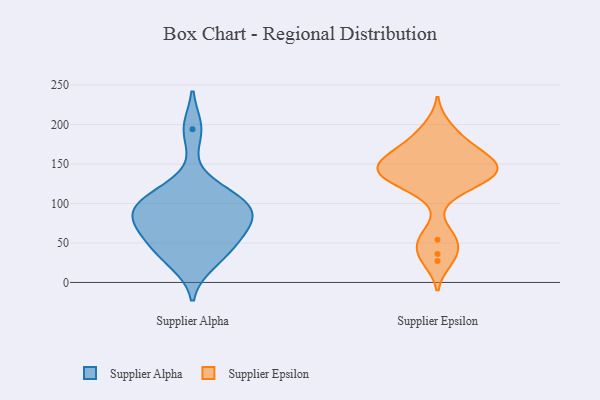
{"axis": {"x": "LTV (USD)", "y": "Value"}, "legend": ["Supplier Alpha", "Supplier Epsilon"], "data": [{"x": "", "y": 90, "type": "Supplier Alpha"}, {"x": "", "y": 82, "type": "Supplier Alpha"}, {"x": "", "y": 90, "type": "Supplier Alpha"}, {"x": "", "y": 69, "type": "Supplier Alpha"}, {"x": "", "y": 96, "type": "Supplier Alpha"}, {"x": "", "y": 25, "type": "Supplier Alpha"}, {"x": "", "y": 112, "type": "Supplier Alpha"}, {"x": "", "y": 44, "type": "Supplier Alpha"}, {"x": "", "y": 41, "type": "Supplier Alpha"}, {"x": "", "y": 194, "type": "Supplier Alpha"}, {"x": "", "y": 64, "type": "Supplier Alpha"}, {"x": "", "y": 113, "type": "Supplier Alpha"}, {"x": "", "y": 156, "type": "Supplier Epsilon"}, {"x": "", "y": 27, "type": "Supplier Epsilon"}, {"x": "", "y": 160, "type": "Supplier Epsilon"}, {"x": "", "y": 36, "type": "Supplier Epsilon"}, {"x": "", "y": 123, "type": "Supplier Epsilon"}, {"x": "", "y": 182, "type": "Supplier Epsilon"}, {"x": "", "y": 198, "type": "Supplier Epsilon"}, {"x": "", "y": 54, "type": "Supplier Epsilon"}, {"x": "", "y": 58, "type": "Supplier Epsilon"}, {"x": "", "y": 162, "type": "Supplier Epsilon"}, {"x": "", "y": 142, "type": "Supplier Epsilon"}, {"x": "", "y": 131, "type": "Supplier Epsilon"}, {"x": "", "y": 140, "type": "Supplier Epsilon"}, {"x": "", "y": 171, "type": "Supplier Epsilon"}, {"x": "", "y": 118, "type": "Supplier Epsilon"}, {"x": "", "y": 143, "type": "Supplier Epsilon"}, {"x": "", "y": 141, "type": "Supplier Epsilon"}, {"x": "", "y": 141, "type": "Supplier Epsilon"}]}